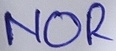
Text: OR